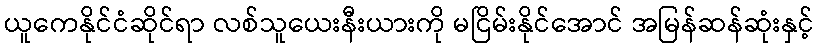
ယူကေနိုင်ငံဆိုင်ရာ လစ်သူယေးနီးယားကို မငြိမ်းနိုင်အောင် အမြန်ဆန်ဆုံးနှင့်